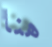
هنا